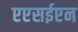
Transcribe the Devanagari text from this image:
एएसईएन